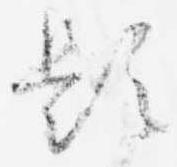
題